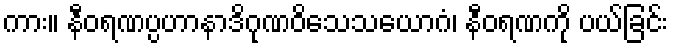
ကား။ နီဝရဏပ္ပဟာနာဒိဂုဏဝိသေသယောဂံ၊ နီဝရဏကို ပယ်ခြင်း